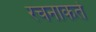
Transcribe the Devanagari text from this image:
रचनाकर्ते